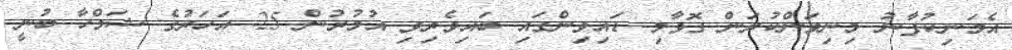
އެމަނިކުފާނު މިނިވަންކުރަން ގޮވާލި ޑައިވިންގައި ބައިވެރިވި އުމުރުން 25 އަހަރުގެ ޝަމްހާ ބުނީ